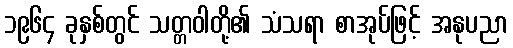
၁၉၆၄ ခုနှစ်တွင် သတ္တဝါတို့၏ သံသရာ စာအုပ်ဖြင့် အနုပညာ